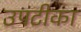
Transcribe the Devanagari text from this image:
उपटीका